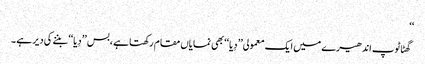
‘‘
گھٹاٹوپ اندھیرے میں ایک معمولی’’ دِیا‘‘بھی نمایاں مقام رکھتا ہے ،بس ’’دِیا‘‘ بننے کی دیر ہے ۔